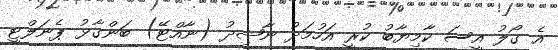
އެ ގޯލު އީސަ ކާމިޔާބު ކުރީ އަހުމަދު ނާޝިދު (ނާއްޓޭ) ބަންގާޅު ޕެނަލްޓީ